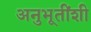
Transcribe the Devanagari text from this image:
अनुभूतींशी